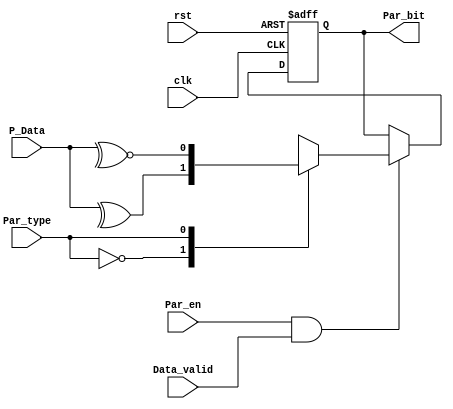
module Parity_calc(

input	wire		clk,
input	wire		rst,
input	wire		Data_valid,
input	wire	[7:0]	P_Data,
input	wire		Par_type,
input	wire		Par_en,
output	reg		Par_bit
);

localparam even = 1'b0;
localparam odd  = 1'b1;

always@(posedge clk or negedge rst)
begin
	if(!rst)
	begin
	Par_bit <= 1'b0;
	end

	else if (Par_en && Data_valid)
	begin

	case(Par_type)	
even:
	begin
	Par_bit <= ^(P_Data);
	end
odd:
	begin
	Par_bit <= ~^(P_Data);
	end
	
	endcase
	
	end

end


endmodule